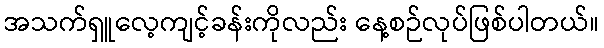
အသက်ရှူလေ့ကျင့်ခန်းကိုလည်း နေ့စဉ်လုပ်ဖြစ်ပါတယ်။